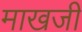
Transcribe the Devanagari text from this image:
माखजी